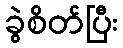
ခွဲစိတ်ပြီး